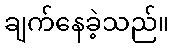
ချက်နေခဲ့သည်။